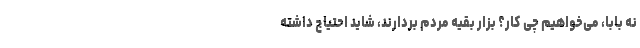
نه بابا، می‌خواهیم چی کار؟ بزار بقیه مردم بردارند، شاید احتیاج داشته